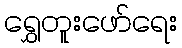
ရွှေတူးဖော်ရေး